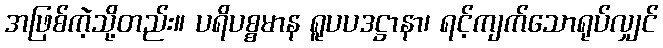
အဖြစ်ကဲ့သို့တည်း။ ပရိပစ္စမာန ရူပပဒဋ္ဌာနာ၊ ရင့်ကျက်သောရုပ်လျှင်